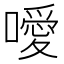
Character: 噯